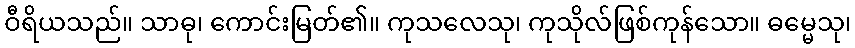
ဝီရိယသည်။ သာဓု၊ ကောင်းမြတ်၏။ ကုသလေသု၊ ကုသိုလ်ဖြစ်ကုန်သော။ ဓမ္မေသု၊